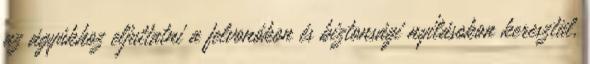
az ágyúkhoz eljuttatni a felvonókon és biztonsági nyílásokon keresztül,